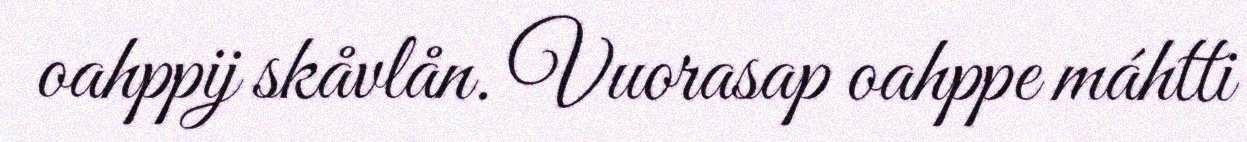
oahppij skåvlån. Vuorasap oahppe máhtti